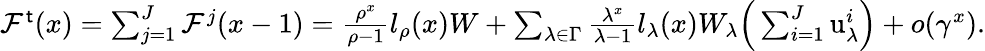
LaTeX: \begin{array}{r}{\mathcal{F}^{\mathsf{t}}(x)=\sum_{j=1}^{J}\mathcal{F}^{j}(x-1)=\frac{\rho^{x}}{\rho-1}l_{\rho}(x)W+\sum_{\lambda\in\Gamma}\frac{\lambda^{x}}{\lambda-1}l_{\lambda}(x)W_{\lambda}\Big(\sum_{i=1}^{J}\mathrm{u}_{\lambda}^{i}\Big)+o(\gamma^{x}).}\end{array}